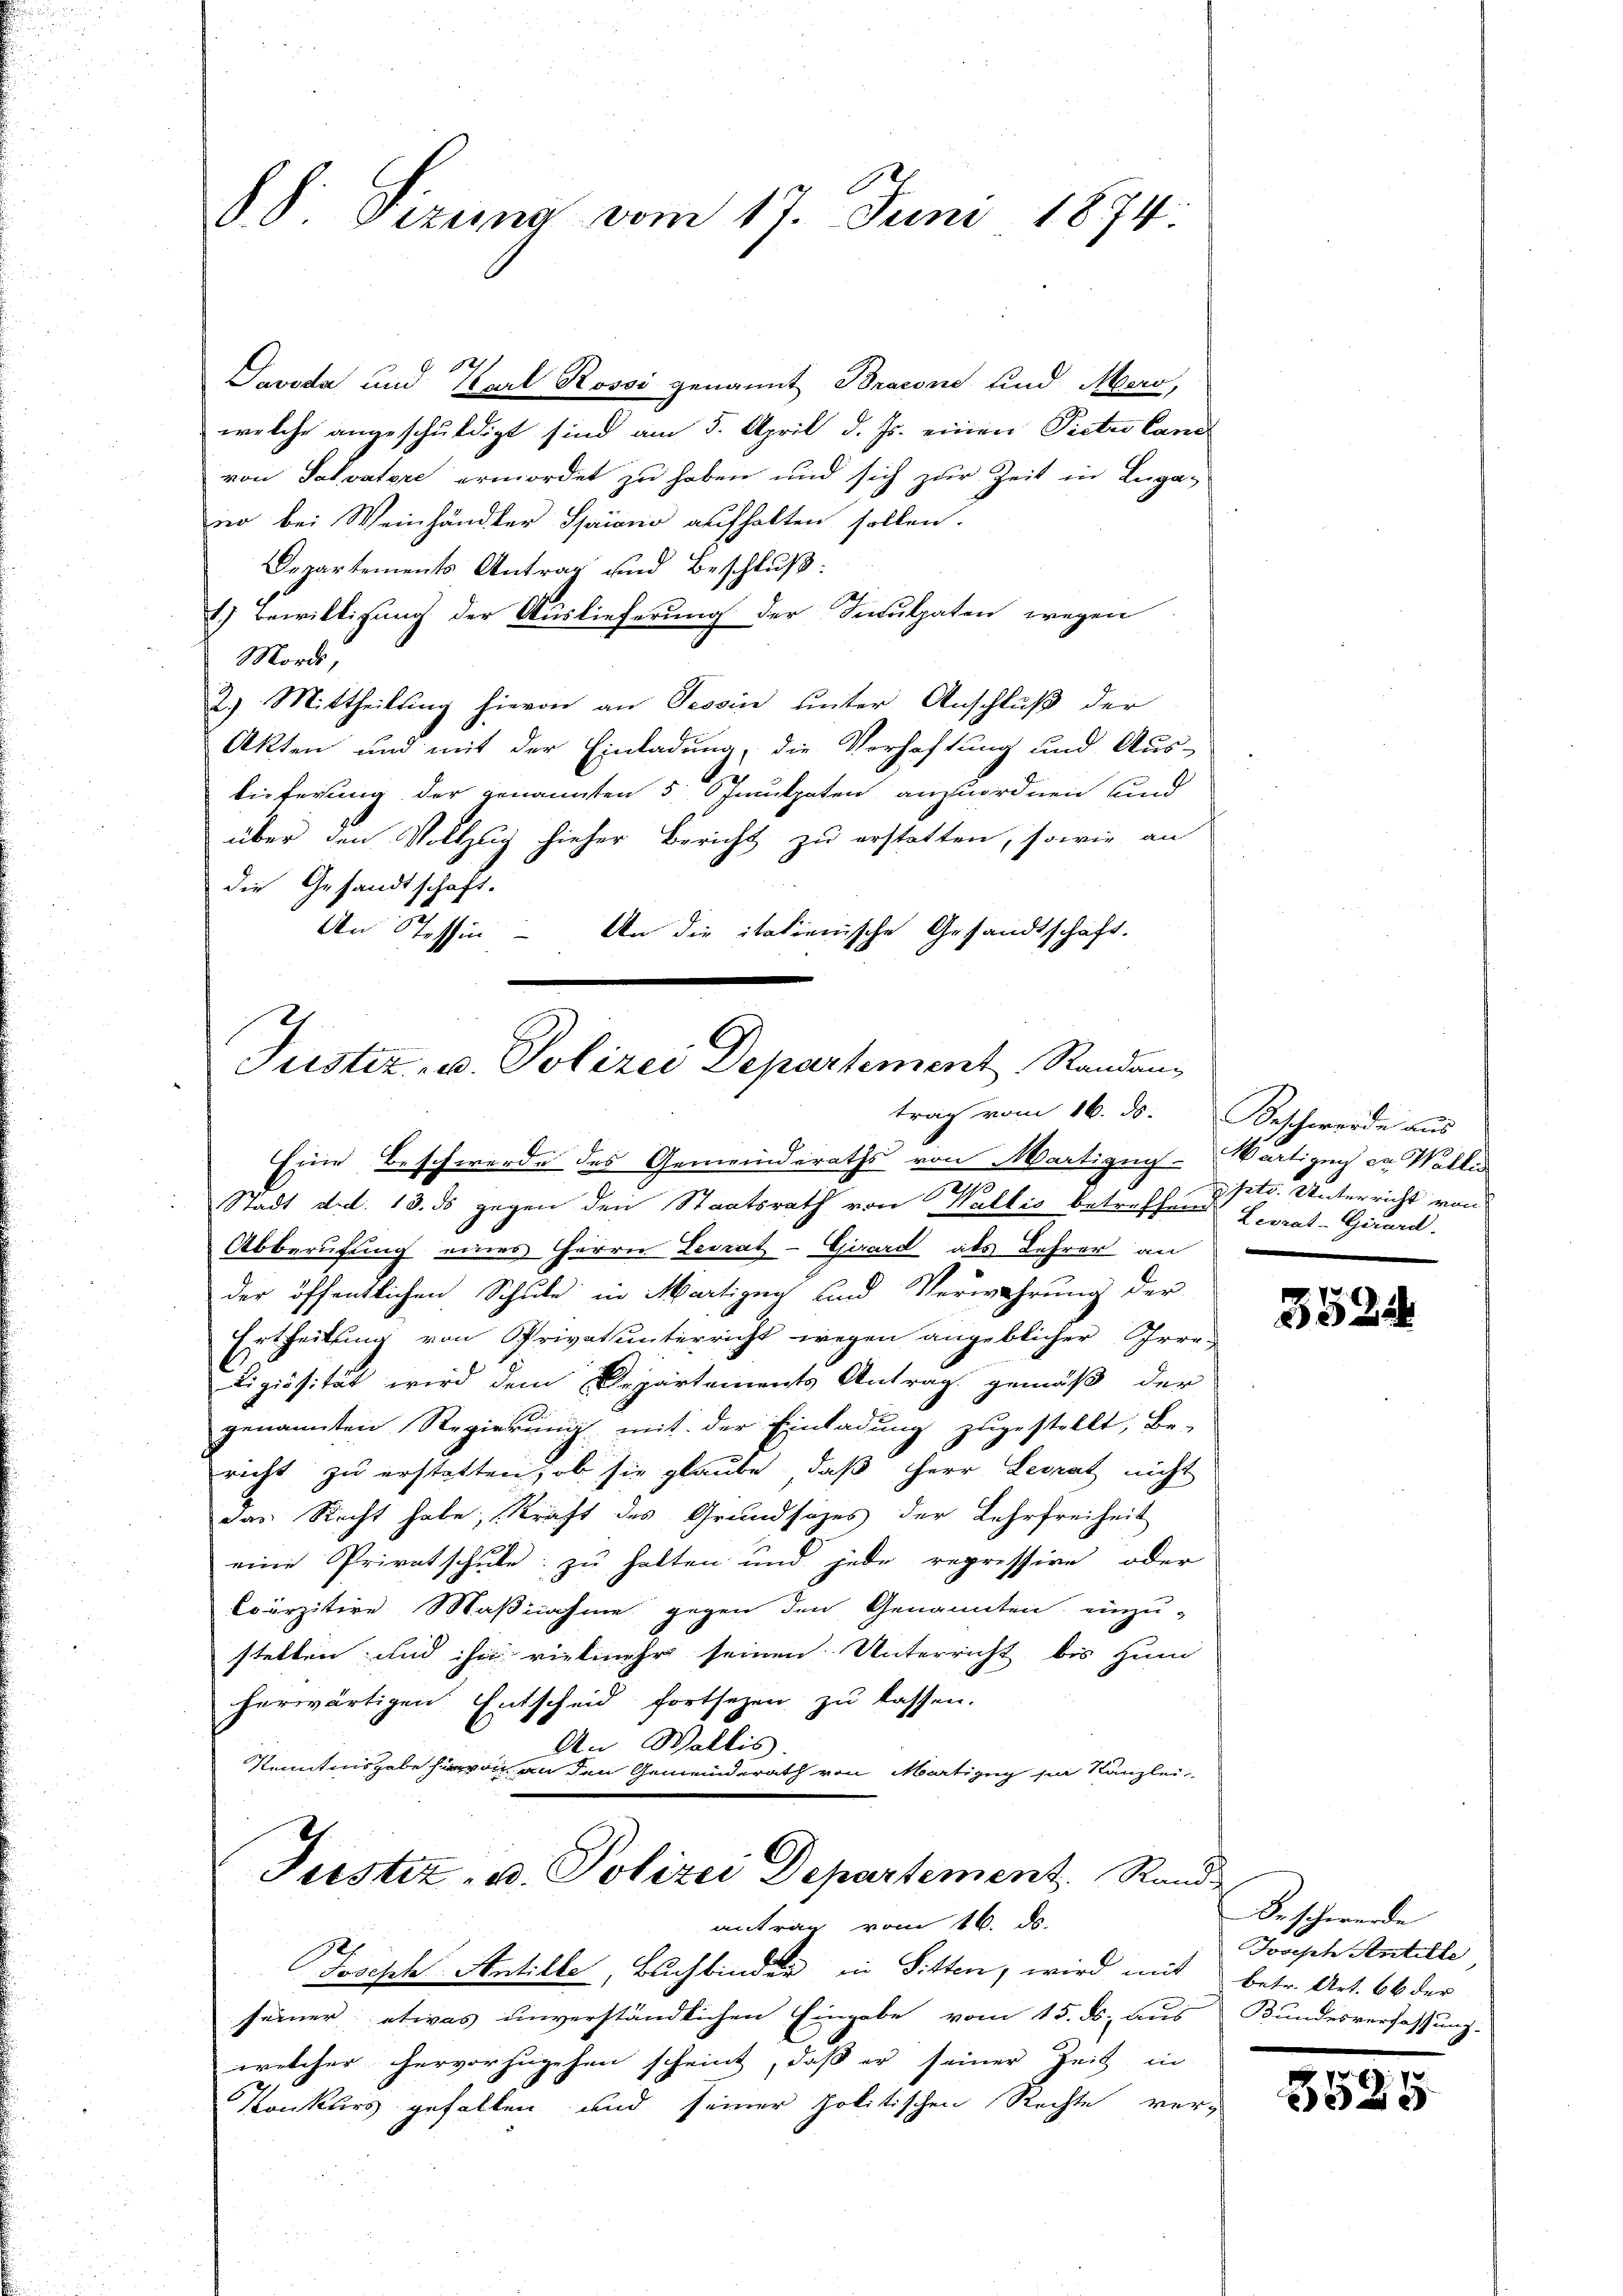
§8 Sizung vom 17. Juni 1874.

Savoda und Karl Rossi genannt Bracone sind Maro,
welche angeschuldigt sind am 5. April d. Js. einen Piete Cand
von Salvatore ermordet zu haben und sich zur Zeit in Luga-
no bei Weinhändler Spieno aufhalten sollen.
Departements Antrag und Beschluß:
1.) Bewilligung der Auslieferung der Inculpaten wegen
Morde,
2.) Mittheilung hievon an Tessin unter Anschluß der
Akten und mit der Einladung, die Verhaftung und Aus-
lieferung der genannten 5 Ofmulpaten anzuordnen und
über den Vollzug hieher Bericht zu erstatten, sowie an
die Gesandtschaft.
An Stessin – An die italienische Gesandtschaft.
2

Justiz- u. Polizei Departement Standantrag vom 16. ds. Beschwerde aus

Eine Beschwerde des Gemeinderaths von Martigny-Vartigen er Wallis
Stadt d.d. 13. ds gegen den Staatsrath von Wallis betreffend Levrat-Girard.
Abberufung eines Herrn Levrat- Girard als Lehrer an
der öffentlichen Schule in Martizey und Verwahrung der
Ertheilung von Privatunterricht wegen angeblicher Irre¬
Ligiosität wird dem Departements Antrag gemäß der
genannten Regierung mit der Einladung zugestellt, Be-
richt zu erstatten, ob sie glaube, daß Herr Lesrat nicht
das Stacht habe, Kraft des Grundsazes der Lehrfreiheit
eine Privatschule zu halten und jede repression oder
Courzitire Maßnahme gegen den Genannten einzu-
stellen und ihn rietmehr seinen Unterricht bis zum
herwärtigen Entscheid fortsetzen zu lassen.
An Wallis.
Kenntnisgabe von an den Gemeinderath von Martizug sie Kanzlei
Justiz- u. Polizei Departement. Rand
antrag vom 16. d.
Joseph Antille, Buchbinder in Sitten, wird mit betr. Art. 66 der
feiner etwas unverständlichen Eingabe vom 15. ds. aus Bundesverfassung-
welcher hervorzugehen scheint, daß er seiner Zeit in
Konkurs gefallen und seiner politischen Rechte ver¬

kte. Unterricht von

3524

Beschwerde
Joseph Antille

e
.
25